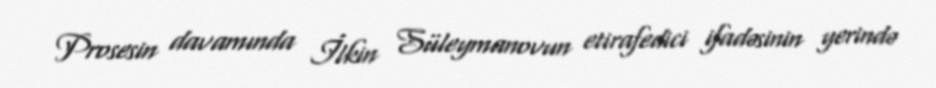
Prosesin davamında İlkin Süleymanovun etirafedici ifadəsinin yerində